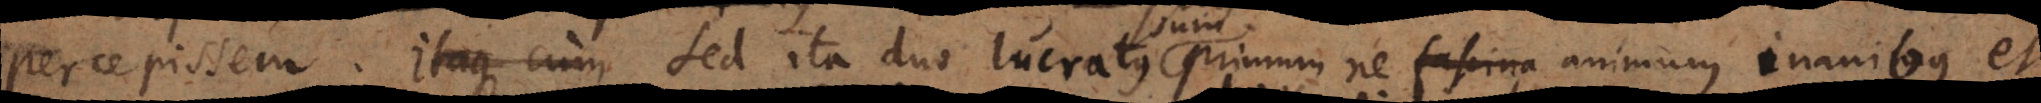
percepissem. Itaque cum Sed ita duo lucratus primum ne fascina animum inanibus et